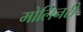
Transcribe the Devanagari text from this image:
मोलिनरी